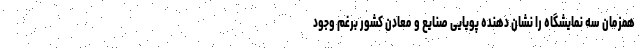
همزمان سه نمایشگاه را نشان دهنده پویایی صنایع و معادن کشور برغم وجود